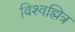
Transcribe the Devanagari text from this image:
विश्वह्मित्र